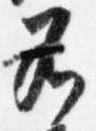
若